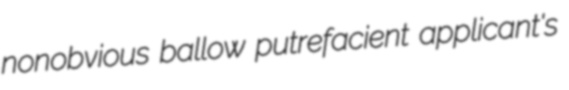
nonobvious ballow putrefacient applicant's